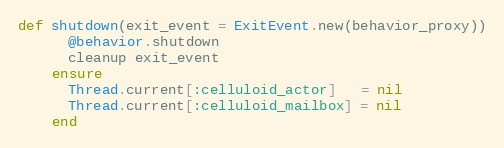
Language: Ruby
def shutdown(exit_event = ExitEvent.new(behavior_proxy))
      @behavior.shutdown
      cleanup exit_event
    ensure
      Thread.current[:celluloid_actor]   = nil
      Thread.current[:celluloid_mailbox] = nil
    end